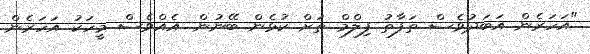
"އަހަރެން އަބަދުވެސް ތަފާތު ފިލްމް ތަށް ކުޅެން ބޭނުން. އެއްވެސް މީހަކު އަހަރެން